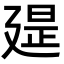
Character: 𢌪